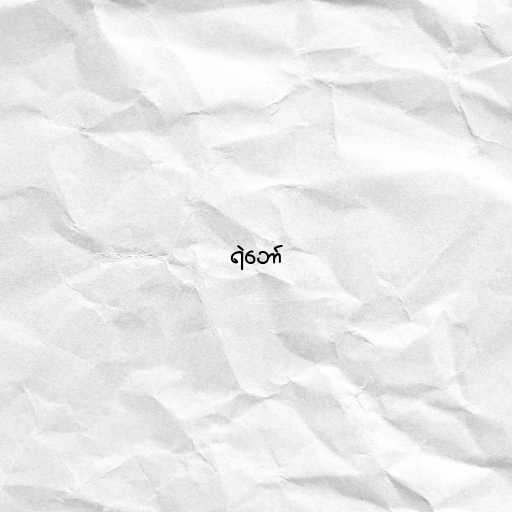
ရဲဘော်